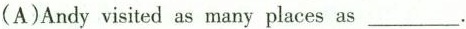
(A)Andy visited as many places as ___